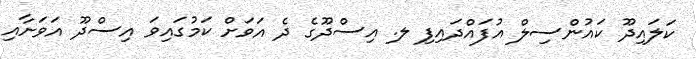
ކަލައިދޫ ކައުންސިލް އުފައްދައިފި ލ. އިސްދޫގެ ދެ އަވަށް ކަމުގައިވަ އިސްދޫ އަވަށާއި